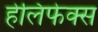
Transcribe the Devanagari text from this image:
हेलिफेक्स